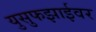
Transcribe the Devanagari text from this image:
युसुफझाईवर